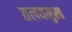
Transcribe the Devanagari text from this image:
तलयमुख